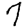
Digit: 7